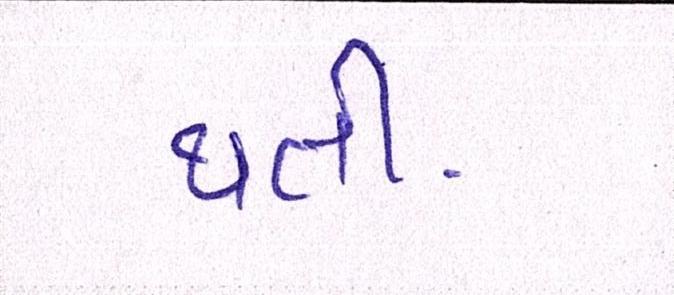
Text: થતી